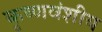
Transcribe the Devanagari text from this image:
कृष्णवंशीय